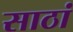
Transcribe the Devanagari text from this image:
साठां